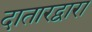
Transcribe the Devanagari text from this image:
दातारद्वारा